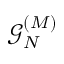
\mathcal { G } _ { N } ^ { ( M ) }